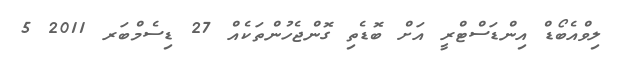
ލިވްއެބޯޑް އިންޑަސްޓްރީ އަށް ބޮޑެތި ގޮންޖެހުންތަކެއް 27 ޑިސެމްބަރ 2011 5